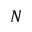
N